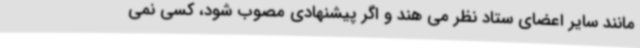
مانند سایر اعضای ستاد نظر می هند و اگر پیشنهادی مصوب شود، کسی نمی